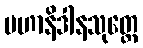
မဟာနိဒါနသုတ္တေ